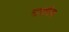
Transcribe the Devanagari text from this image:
नाचणीचा